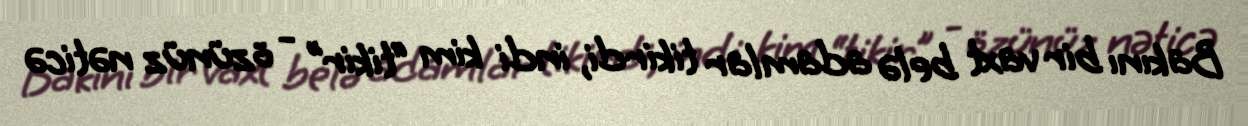
Bakını bir vaxt belə adamlar tikirdi, indi kim “tikir” - özünüz nəticə